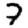
Digit: 7